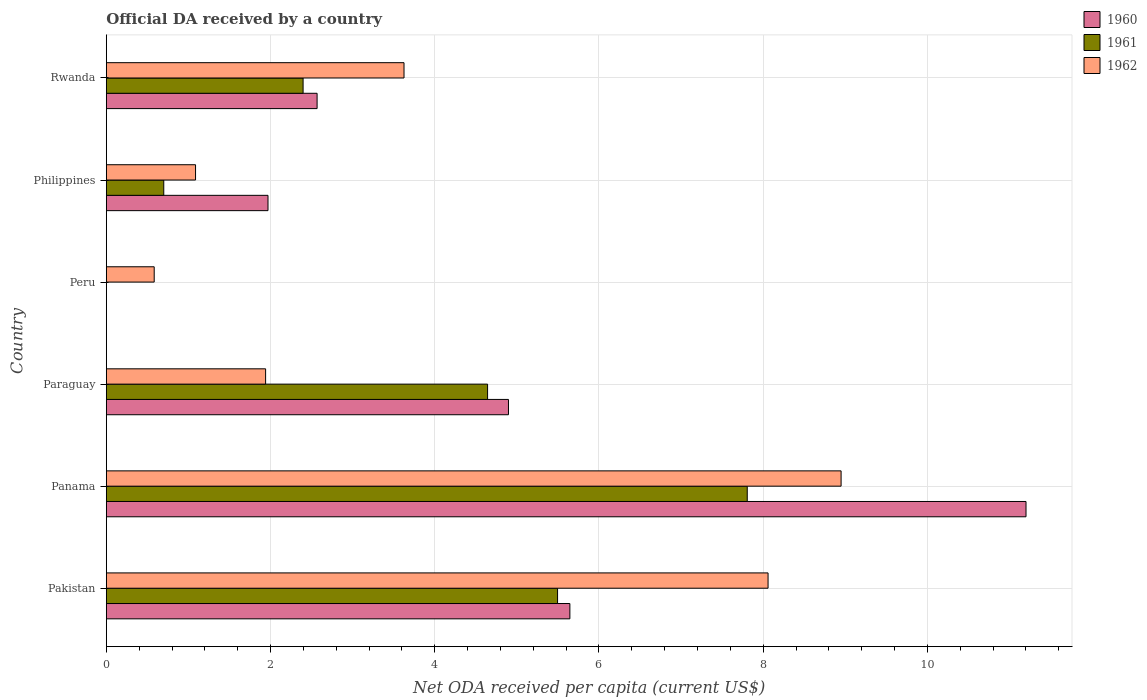
| Country | 1960 | 1961 | 1962 |
 | --- | --- | --- | --- |
 | Pakistan | 5.65 | 5.5 | 8.06 |
 | Panama | 11.2 | 7.81 | 8.95 |
 | Paraguay | 4.9 | 4.64 | 1.94 |
 | Peru | -1.18 | -1.97 | 0.583 |
 | Philippines | 1.97 | 0.699 | 1.09 |
 | Rwanda | 2.57 | 2.4 | 3.63 |